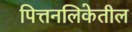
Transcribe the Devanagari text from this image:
पित्तनलिकेतील